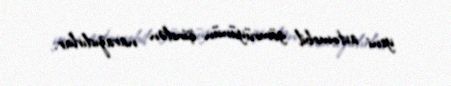
yeni avtomobil gömrüyünün işindən narazıdırlar.